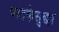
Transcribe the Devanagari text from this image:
पातकेसुद्धा